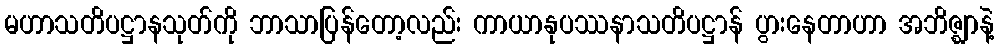
မဟာသတိပဋ္ဌာနသုတ်ကို ဘာသာပြန်တော့လည်း ကာယာနုပဿနာသတိပဋ္ဌာန် ပွားနေတာဟာ အဘိဇ္ဈာနဲ့